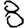
Digit: 8